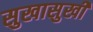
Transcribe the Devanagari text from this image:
सुखासुखी